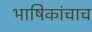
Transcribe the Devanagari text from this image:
भाषिकांचाच